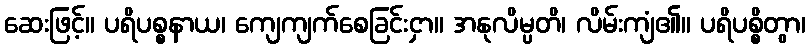
ဆေးဖြင့်။ ပရိပစ္စနာယ၊ ကျေကျက်စေခြင်းငှာ။ အနုလိမ္ပတိ၊ လိမ်းကျံ၏။ ပရိပစ္စိတွာ၊